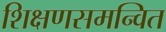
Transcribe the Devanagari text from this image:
शिक्षणसमन्वित